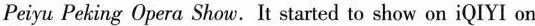
Peiyu Peking Opera Show. It started to show on iQIYI on